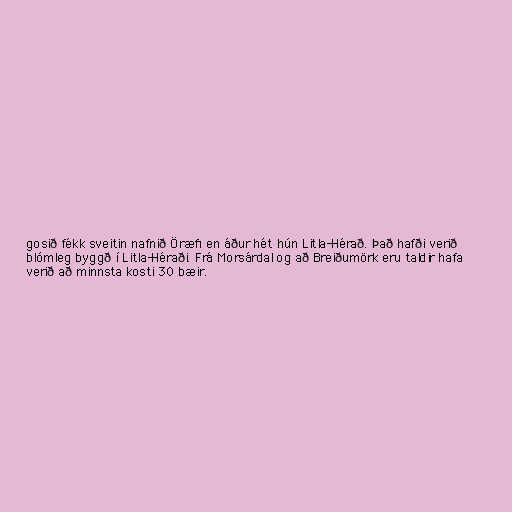
gosið fékk sveitin nafnið Öræfi en áður hét hún Litla-Hérað. Það hafði verið
blómleg byggð í Litla-Héraði. Frá Morsárdal og að Breiðumörk eru taldir hafa
verið að minnsta kosti 30 bæir.